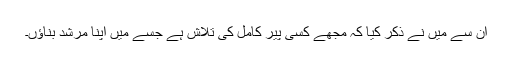
ان سے میں نے ذکر کیا کہ مجھے کسی پیر کامل کی تلاش ہے جسے میں اپنا مرشد بناؤں۔